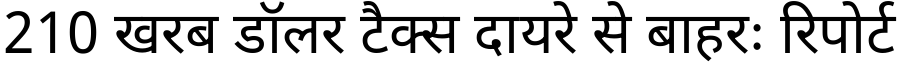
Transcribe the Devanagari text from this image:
210 खरब डॉलर टैक्स दायरे से बाहरः रिपोर्ट